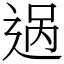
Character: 𬨨